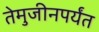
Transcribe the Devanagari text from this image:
तेमुजीनपर्यंत